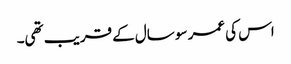
اس کی عمر سو سال کے قریب تھی۔